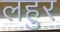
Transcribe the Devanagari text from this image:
लहुर